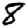
Digit: 8